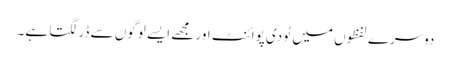
دوسرے لفظوں میں ٹو دی پوائنٹ اور مجھے ایسے لوگوں سے ڈر لگتا ہے۔